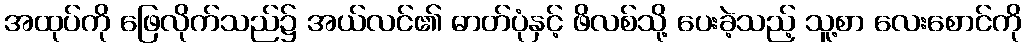
အထုပ်ကို ဖြေလိုက်သည်၌ အယ်လင်၏ ဓာတ်ပုံနှင့် ဖိလစ်သို့ ပေးခဲ့သည့် သူ့စာ လေးစောင်ကို